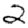
Digit: 2